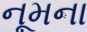
નૂમના